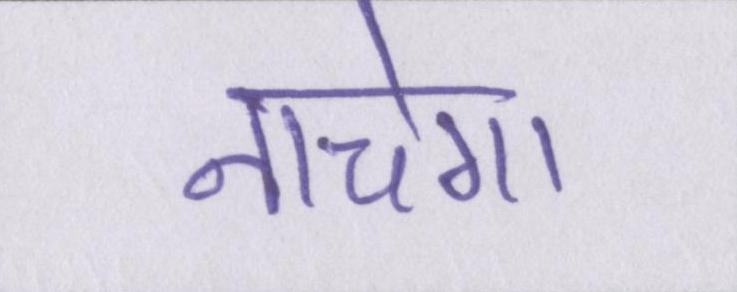
नाचेगा